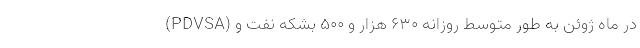
(PDVSA) در ماه ژوئن به طور متوسط روزانه ۶۳۰ هزار و ۵۰۰ بشکه نفت و